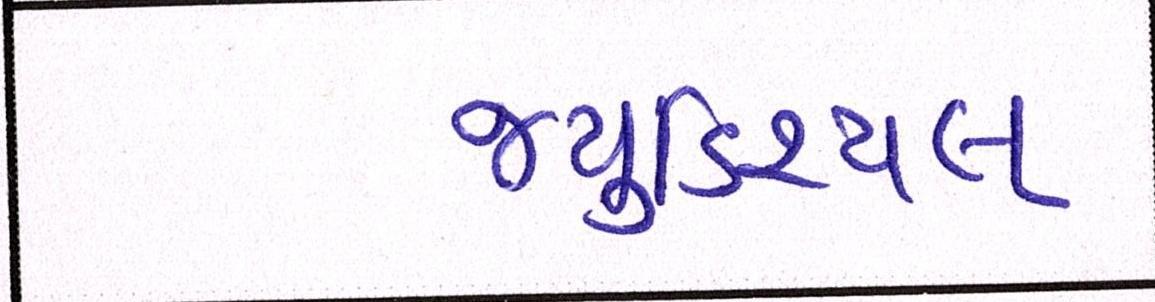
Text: જ્યુડિશ્યલ